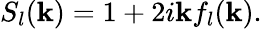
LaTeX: {}S_{l}(\mathbf{k})=1+2i\mathbf{k}f_{l}(\mathbf{k}).